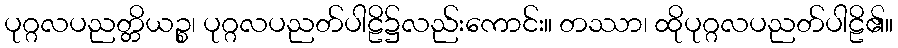
ပုဂ္ဂလပညတ္တိယဉ္စ၊ ပုဂ္ဂလပညတ်ပါဠိ၌လည်းကောင်း။ တဿာ၊ ထိုပုဂ္ဂလပညတ်ပါဠိ၏။